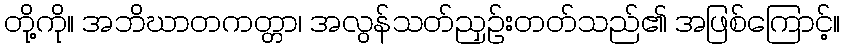
တို့ကို။ အဘိဃာတကတ္တာ၊ အလွန်သတ်ညှဉ်းတတ်သည်၏ အဖြစ်ကြောင့်။